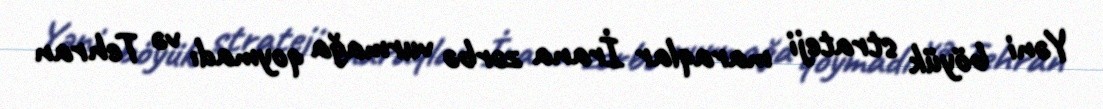
Yəni böyük strateji maraqlar İrana zərbə vurmağa qoymadı və Tehran